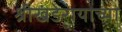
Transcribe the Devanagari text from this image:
श्रीखंडेरायाच्या